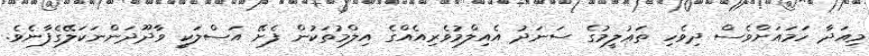
މިއަދާ ހަމައަށްވެސް ދިވެހި ތަޢުލީމުގެ ސަނަދު އެއިލްމުވެރިއެއްގެ އިލްމުތަކުން ފެށޭ އަސްލަކީ ވާދޫދަންނަކަލޭގެފާނެވެ.